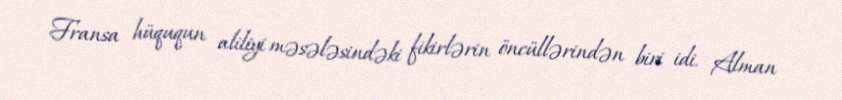
Fransa hüququn aliliyi məsələsindəki fikirlərin öncüllərindən biri idi. Alman